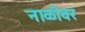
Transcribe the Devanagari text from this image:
नाळीवर